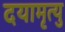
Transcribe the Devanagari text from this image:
दयामृत्यु